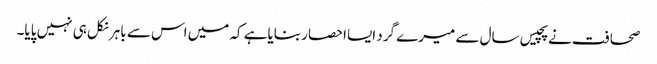
صحافت نے پچیس سال سے میرے گرد ایسااحصار بنایاہے کہ میں اس سے باہر نکل ہی نہیں پایا۔